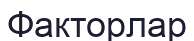
Факторлар